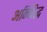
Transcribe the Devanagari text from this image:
अन्निद्ध